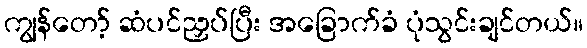
ကျွန်တော့် ဆံပင်ညှပ်ပြီး အခြောက်ခံ ပုံသွင်းချင်တယ်။